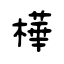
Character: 樺